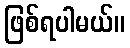
ဖြစ်ရပါမယ်။